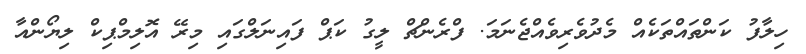
ހިލާފު ކަންތައްތަކެއް މެދުވެރިވެއްޖެނަމަ. ފްރެންޗް ލީގު ކަޕް ފައިނަލްގައި މިރޭ އޮލިމްޕިކް ލިޔޯންއާ